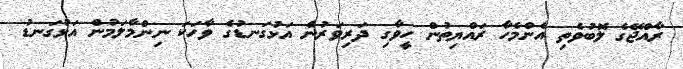
ރާއްޖޭގެ ލޮބުވެތި އެންމެހާ ރައްޔިތުން ހީވާގި ދަރިވަރުން އަޅުގަނޑުގެ ވާހަކަ ނިންމާލަމުން އަޅުގަނޑު